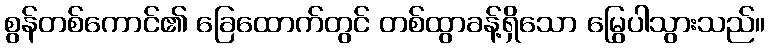
စွန်တစ်ကောင်၏ ခြေထောက်တွင် တစ်ထွာခန့်ရှိသော မြွေပါသွားသည်။